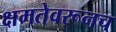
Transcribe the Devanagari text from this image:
क्षमतेवरूनच